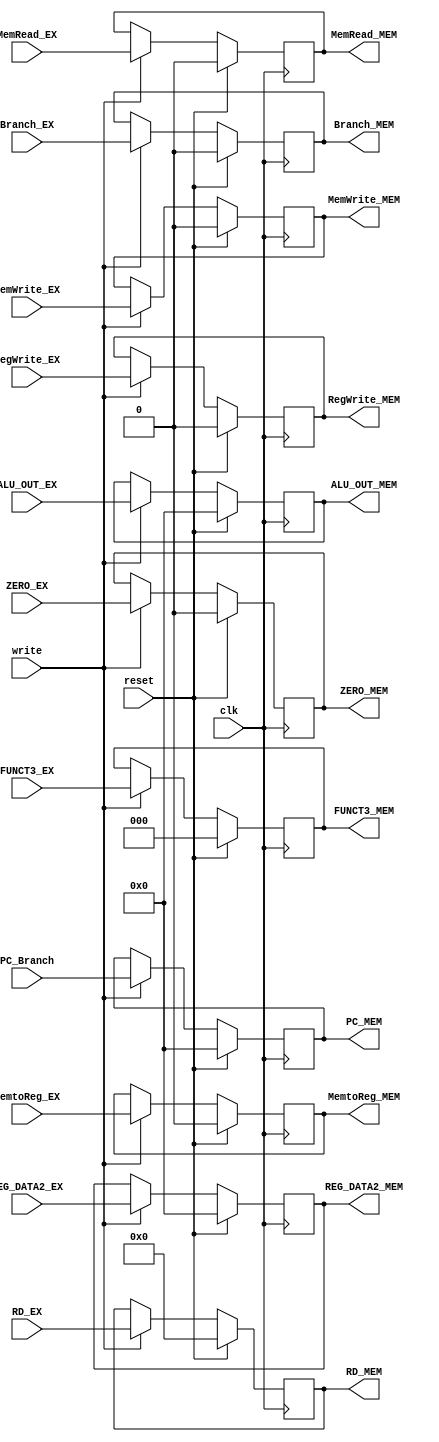
`timescale 1ns / 1ps
//////////////////////////////////////////////////////////////////////////////////
// Company: 
// Engineer: 
// 
// Design Name: 
// Module Name: EX_MEM_reg
// Project Name: 
// Target Devices: 
// Tool Versions: 
// Description: 
// 
// Dependencies: 
// 
// Revision:
// Revision 0.01 - File Created
// Additional Comments:
// 
//////////////////////////////////////////////////////////////////////////////////


module EX_MEM_reg(clk, reset, write, RegWrite_EX, MemtoReg_EX, MemRead_EX, MemWrite_EX, Branch_EX,
    PC_Branch, FUNCT3_EX, ALU_OUT_EX, ZERO_EX, REG_DATA2_EX, RD_EX, RegWrite_MEM,MemtoReg_MEM, MemRead_MEM, MemWrite_MEM, Branch_MEM,
                             PC_MEM,FUNCT3_MEM,
                             ALU_OUT_MEM,ZERO_MEM,
                             REG_DATA2_MEM,
                             RD_MEM
    );

input clk, reset, write;
input RegWrite_EX,MemtoReg_EX,MemRead_EX,MemWrite_EX,Branch_EX;
input [31:0]PC_Branch;
input [2:0] FUNCT3_EX;
input [31:0] ALU_OUT_EX;
input ZERO_EX;
input [31:0] REG_DATA2_EX;
input [4:0] RD_EX;

output reg RegWrite_MEM, MemtoReg_MEM, MemRead_MEM, 
       MemWrite_MEM, Branch_MEM, ZERO_MEM;
output reg [31:0] PC_MEM, ALU_OUT_MEM, REG_DATA2_MEM;
output reg [2:0] FUNCT3_MEM;
output reg [4:0] RD_MEM;

    always @(posedge clk) begin
        if(reset) begin
            RegWrite_MEM <= 1'b0;
            MemtoReg_MEM <= 1'b0;
            MemRead_MEM <= 1'b0;
            MemWrite_MEM <= 1'b0;
            Branch_MEM <= 1'b0;
            ZERO_MEM <= 1'b0;
            PC_MEM <= 32'b0;
            ALU_OUT_MEM <= 32'b0;
            REG_DATA2_MEM <= 32'b0;
            FUNCT3_MEM <= 3'b0;
            RD_MEM <= 5'b0;
        end
        else begin
            if(write) begin
                RegWrite_MEM <= RegWrite_EX;
                MemtoReg_MEM <= MemtoReg_EX;
                MemRead_MEM <= MemRead_EX;
                MemWrite_MEM <= MemWrite_EX;
                Branch_MEM <= Branch_EX;
                ZERO_MEM <= ZERO_EX;
                PC_MEM <= PC_Branch;
                ALU_OUT_MEM <= ALU_OUT_EX;
                REG_DATA2_MEM <= REG_DATA2_EX;
                FUNCT3_MEM <= FUNCT3_EX;
                RD_MEM <= RD_EX;
            end
        end
    end

endmodule